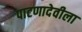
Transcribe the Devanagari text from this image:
पाटणादेवीला